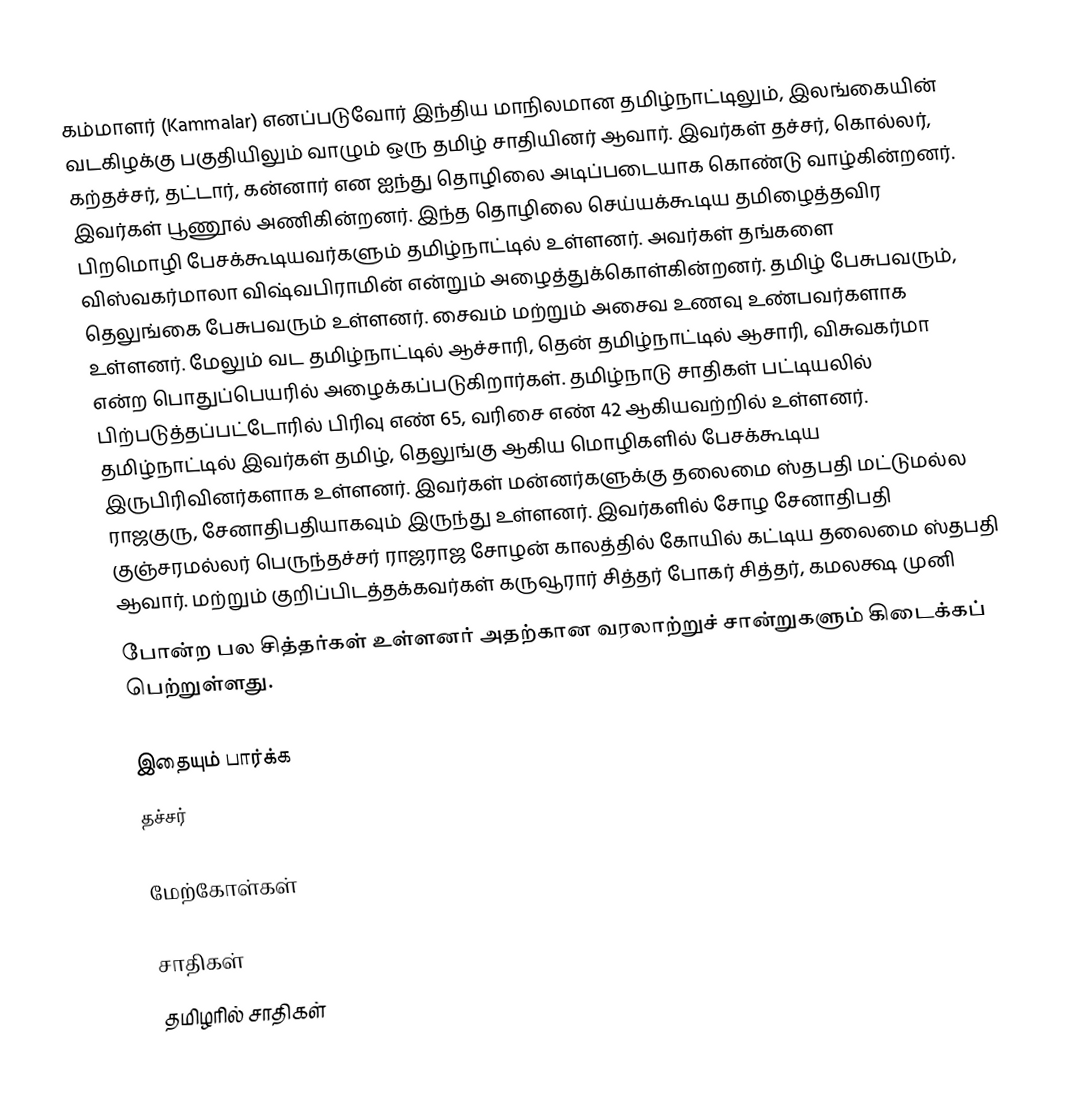
கம்மாளர் (Kammalar) எனப்படுவோர் இந்திய மாநிலமான தமிழ்நாட்டிலும், இலங்கையின் வடகிழக்கு பகுதியிலும் வாழும் ஒரு தமிழ் சாதியினர் ஆவார். இவர்கள் தச்சர், கொல்லர், கற்தச்சர், தட்டார், கன்னார் என ஐந்து தொழிலை அடிப்படையாக கொண்டு வாழ்கின்றனர். இவர்கள் பூணூல் அணிகின்றனர். இந்த தொழிலை செய்யக்கூடிய தமிழைத்தவிர பிறமொழி பேசக்கூடியவர்களும் தமிழ்நாட்டில் உள்ளனர். அவர்கள் தங்களை விஸ்வகர்மாலா விஷ்வபிராமின் என்றும் அழைத்துக்கொள்கின்றனர். தமிழ் பேசுபவரும், தெலுங்கை பேசுபவரும் உள்ளனர். சைவம் மற்றும் அசைவ உணவு உண்பவர்களாக உள்ளனர். மேலும் வட தமிழ்நாட்டில் ஆச்சாரி, தென் தமிழ்நாட்டில் ஆசாரி, விசுவகர்மா என்ற பொதுப்பெயரில் அழைக்கப்படுகிறார்கள். தமிழ்நாடு சாதிகள் பட்டியலில் பிற்படுத்தப்பட்டோரில் பிரிவு எண் 65, வரிசை எண் 42 ஆகியவற்றில் உள்ளனர். தமிழ்நாட்டில் இவர்கள் தமிழ், தெலுங்கு ஆகிய மொழிகளில் பேசக்கூடிய இருபிரிவினர்களாக உள்ளனர். இவர்கள் மன்னர்களுக்கு தலைமை ஸ்தபதி மட்டுமல்ல ராஜகுரு, சேனாதிபதியாகவும் இருந்து உள்ளனர். இவர்களில் சோழ சேனாதிபதி குஞ்சரமல்லர் பெருந்தச்சர் ராஜராஜ சோழன் காலத்தில் கோயில் கட்டிய தலைமை ஸ்தபதி ஆவார். மற்றும் குறிப்பிடத்தக்கவர்கள் கருவூரார் சித்தர் போகர் சித்தர், கமலக்ஷ முனி
போன்ற பல சித்தர்கள் உள்ளனர் அதற்கான வரலாற்றுச் சான்றுகளும் கிடைக்கப் பெற்றுள்ளது.

இதையும் பார்க்க
 தச்சர்

மேற்கோள்கள்

சாதிகள்
தமிழரில் சாதிகள்